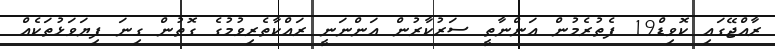
ރާއްޖޭގައި ކޮވިޑް19 ފެތުރެމުން އަންނާތީ ސަރުކާރުން އަންނަނީ ރައްކާތެރިވުމުގެ ގޮތުން ގިނަ ފިޔަވަޅުތަކެއް